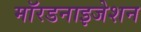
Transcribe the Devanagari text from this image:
मॉरडनाइजेशन